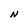
Character: N